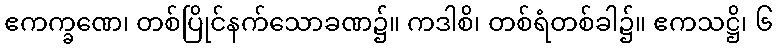
ဧကက္ခဏေ၊ တစ်ပြိုင်နက်သောခဏ၌။ ကဒါစိ၊ တစ်ရံတစ်ခါ၌။ ဧကသဋ္ဌိ၊ ၆